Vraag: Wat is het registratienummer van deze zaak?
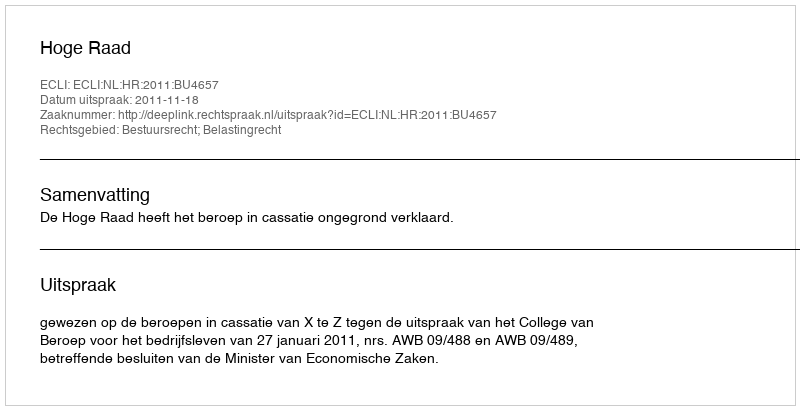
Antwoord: http://deeplink.rechtspraak.nl/uitspraak?id=ECLI:NL:HR:2011:BU4657